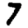
Digit: 7